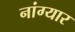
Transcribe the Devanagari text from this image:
नांग्यार